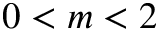
0 < m < 2